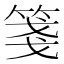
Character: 箋